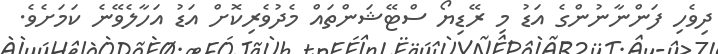
ދިވެހި ފަންނާނުންގެ އަޑު މި ރޭޑިޔޯ ސްޓޭޝަންތައް މެދުވެރިކޮށް އަޑު އަހާލެވޭނެ ކަމަށެެވެ.